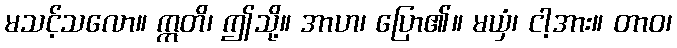
မသင့်သလော။ ဣတိ၊ ဤသို့။ အာဟ၊ ပြော၏။ မယှံ၊ ငါ့အား။ တာဝ၊